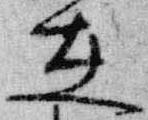
在